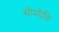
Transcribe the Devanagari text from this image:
सीमीति